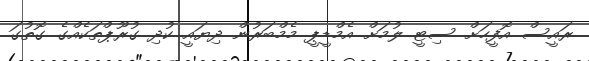
ރައީސް އޮފީހަށް ސިޓީ ލުމަށް އެމްޑީޕީ މެމްބަރުން ދިޔައީ ކުދި ގުރޫޕްތަކެއްގެ ގޮތުގަ